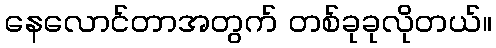
နေလောင်တာအတွက် တစ်ခုခုလိုတယ်။